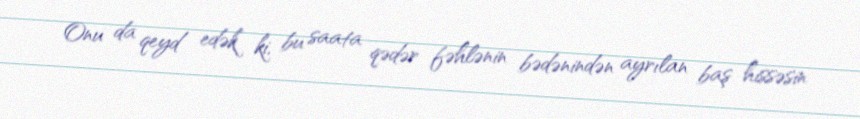
Onu da qeyd edək ki, bu saata qədər fəhlənin bədənindən ayrılan baş hissəsin